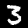
Label: 3